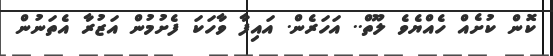
ކޮން ކުށެއް ހެއްޔެވެ ލޫތް.. އަހަރެން. އައިފާ ވާހަކަ ފެށުމުން އަޒުރާ އެތަނުން